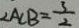
\angle A C B = \frac { 3 } { 2 }